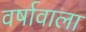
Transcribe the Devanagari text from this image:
वर्षावाला